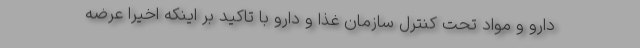
دارو و مواد تحت کنترل سازمان غذا و دارو با تاکید بر اینکه اخیرا عرضه